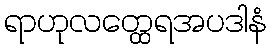
ရာဟုလတ္ထေရအပဒါနံ